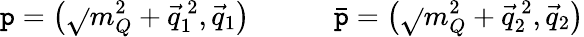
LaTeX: \mathtt{p}=\left(\sqrt{}{{m_{Q}^{2}+\vec{{q}}_{1}^{\, 2}}},\vec{{q}}_{1}\right)\qquad\quad\bar{{\mathtt{p}}}=\left(\sqrt{}{{m_{Q}^{2}+\vec{{q}}_{2}^{\, 2}}},\vec{{q}}_{2}\right)